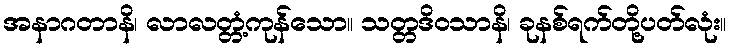
အနာဂတာနိ၊ လာလတ္တံ့ကုန်သော။ သတ္တဒိဝသာနိ၊ ခုနစ်ရက်တို့ပတ်လုံး။